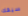
سيفك